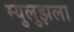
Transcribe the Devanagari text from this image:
म्युलुझला